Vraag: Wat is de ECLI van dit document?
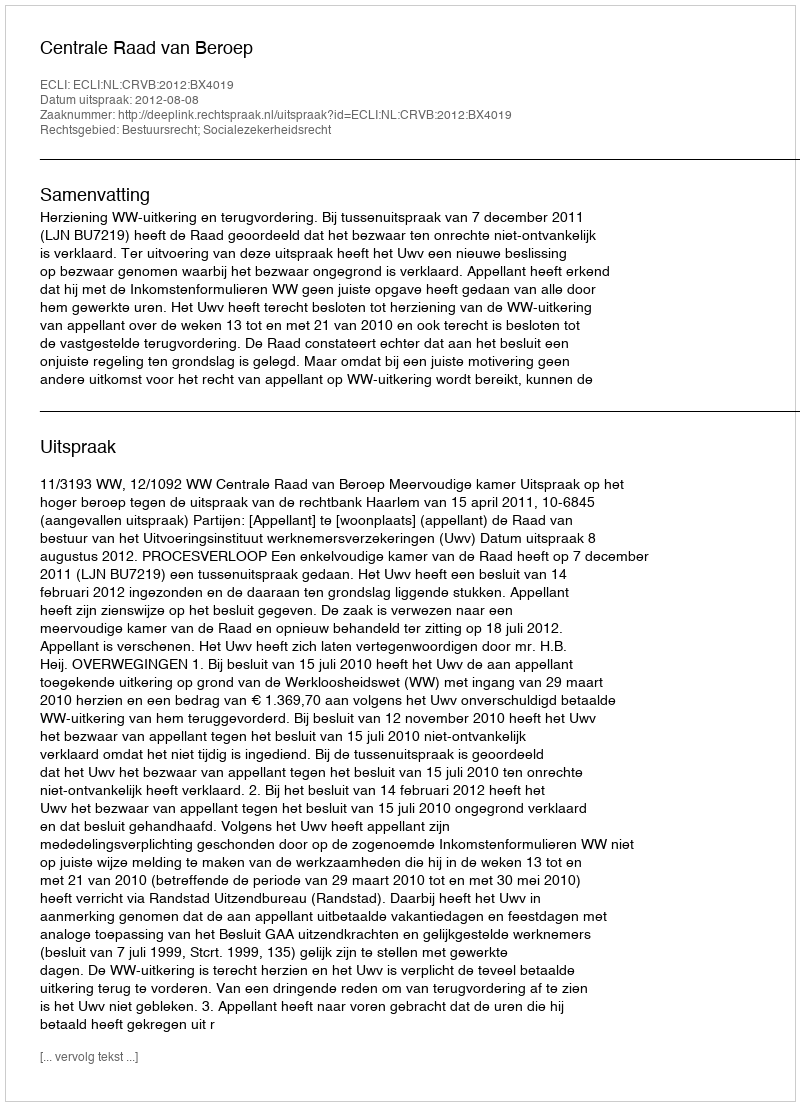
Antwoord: ECLI:NL:CRVB:2012:BX4019